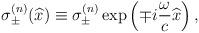
LaTeX: \begin{align*}\sigma^{(n)}_\pm (\widehat{x}) \equiv\sigma_{\pm}^{(n)} \exp \left( \mp i \frac{\omega}{c} \widehat{x} \right) , \end{align*}